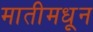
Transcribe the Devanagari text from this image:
मातीमधून